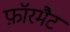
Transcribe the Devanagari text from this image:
फ़ॉरमैट